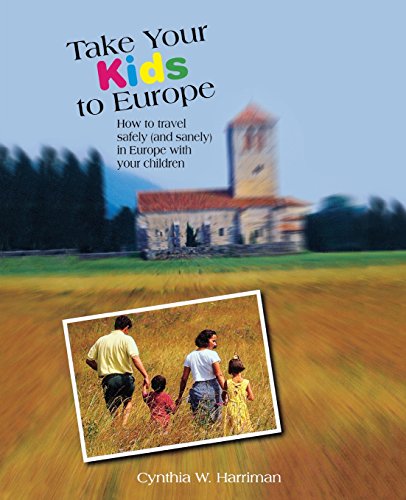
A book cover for Take Your Kids to Europe: How To Travel Safely (And Sanely) In Europe With Your Children; Cynthia Harriman; Travel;